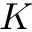
K